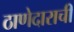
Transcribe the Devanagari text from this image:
ठाणेदाराची